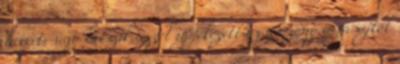
hevert; úgy látszik, ezzel igyekezett az asszony a vasajtót